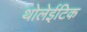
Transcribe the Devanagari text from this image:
थोलेईटिक